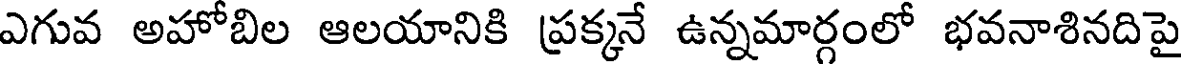
ఎగువ అహోబిల ఆలయానికి ప్రక్కనే ఉన్నమార్గంలో భవనాశినదిపై